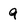
Character: 9